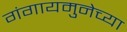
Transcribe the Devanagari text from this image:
गंगायमुनेच्या